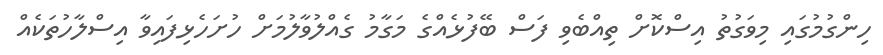
ހިންގުމުގައި މިވަގުތު އިސްކޮށް ތިއްބެވި ފަސް ބޭފުޅެއްގެ މަގާމު ގެއްލުވާލުމަށް ހުށަހެޅިފައިވާ އިސްލާހުތަކެއް